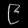
Digit: ၉